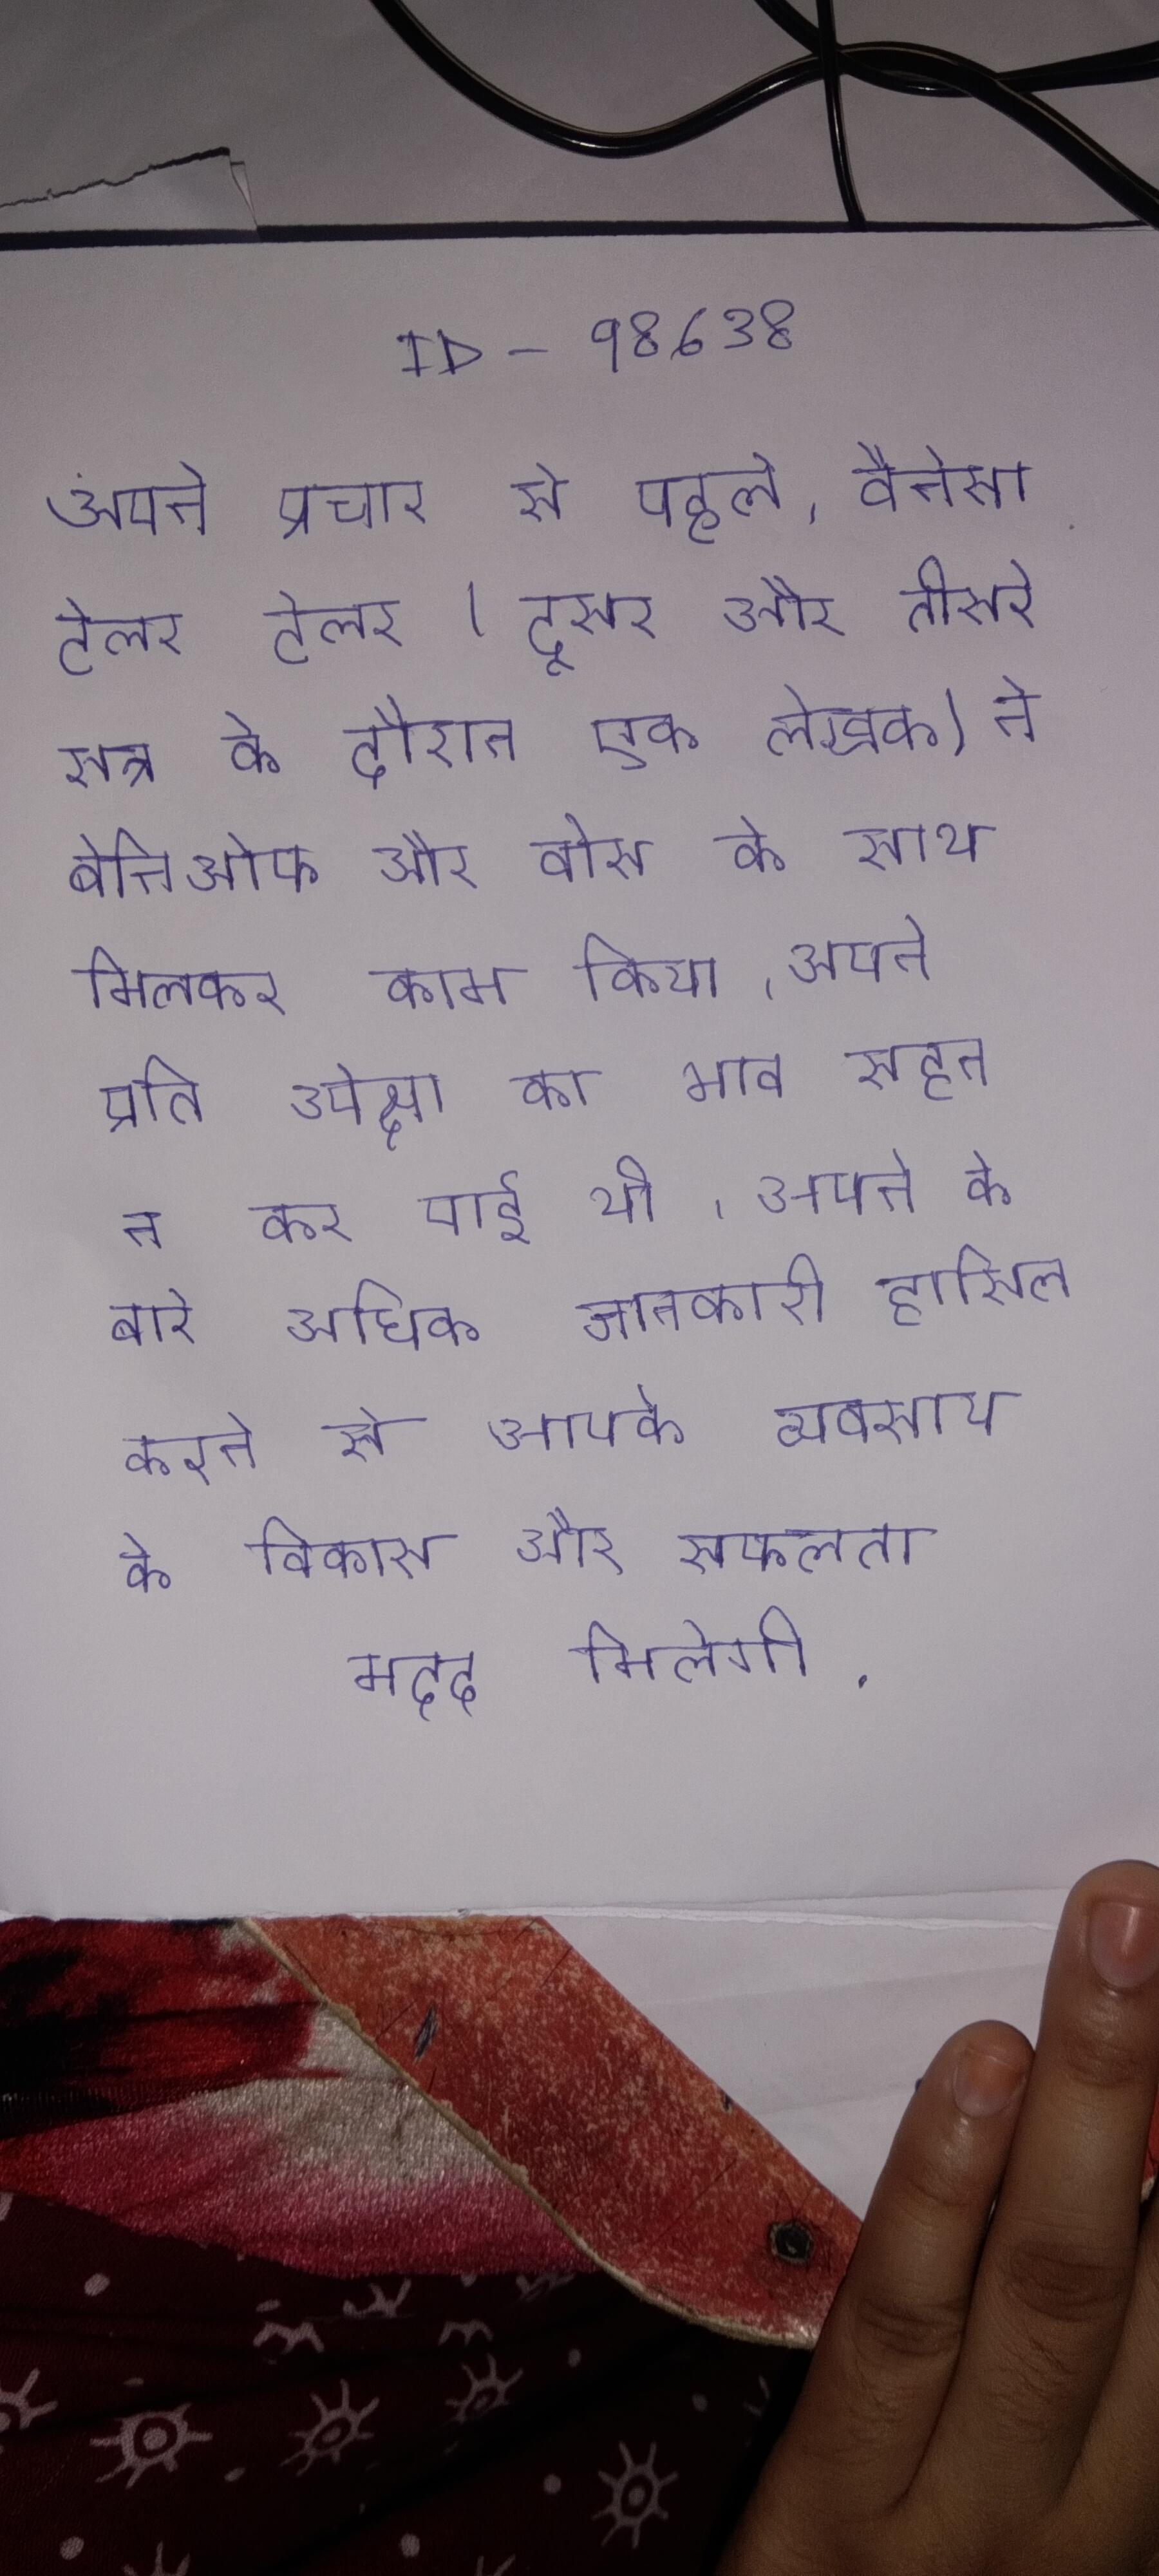
अपने प्रचार से पहले, वैनेसा टेलर (दूसरे और तीसरे सत्र के दौरान एक लेखक) ने बेनिओफ और वीस के साथ मिलकर काम किया । अपने प्रति उपेक्षा का भाव सहन न कर पाई थी । अपने के बारे अधिक जानकारी हासिल करने से आपके व्यवसाय के विकास और सफलता मदद मिलेगी .